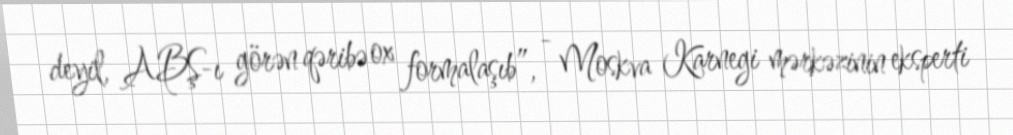
deyil, ABŞ-ı görən qəribə ox formalaşıb”, - Moskva Karnegi mərkəzinin eksperti